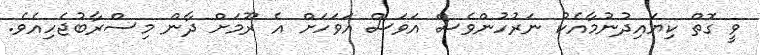
ވީ ގޮތް ކިޔައިދުނުމާއެކު ނަރުހުންވެސް އަވަސް އަވަހަށް އެ ރޫމަށް ދާން މިސްރާބުޖެހިއެވެ.